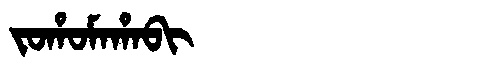
Manchu: ᠵᠣᡥᠣᠮᠠᡥᠠᠪᡳ
Romanization: JOHOMAHABI